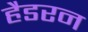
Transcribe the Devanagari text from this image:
हैडरन